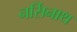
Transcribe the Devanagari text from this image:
नर्सिनाथ